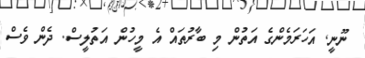
ނޫނީ